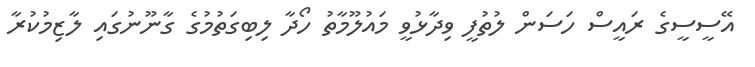
އޭސީސީގެ ރައީސް ހަސަން ލުތުފީ ވިދާޅުވީ މައުލޫމާތު ހޯދާ ލިބިގަތުމުގެ ގާނޫނުގައި ލާޒިމުކުރާ